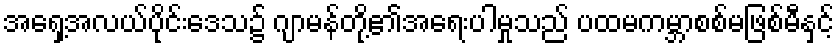
အရှေ့အလယ်ပိုင်းဒေသ၌ ဂျာမန်တို့၏အရေးပါမှုသည် ပထမကမ္ဘာစစ်မဖြစ်မီနှင့်